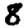
Digit: 8